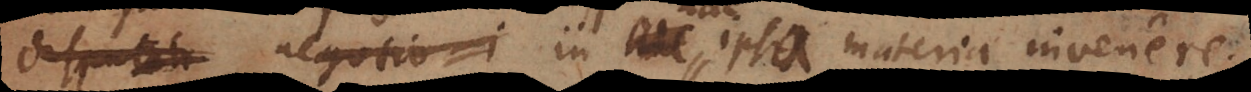
c negotio i in hac ipsa materia invenere.